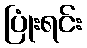
ပြုံးရင်း